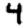
Digit: 4